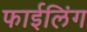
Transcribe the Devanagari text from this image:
फाईलिंग